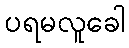
ပရမလူခေါ